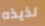
لذيذه